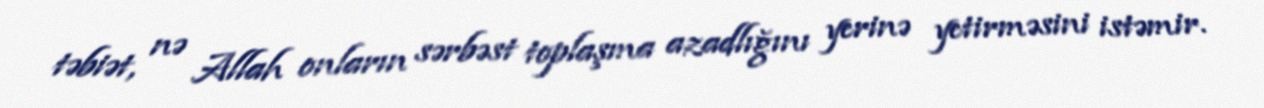
təbiət, nə Allah onların sərbəst toplaşma azadlığını yerinə yetirməsini istəmir.